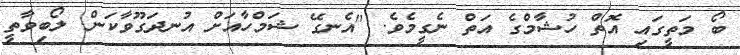
ބޯ މަތީގައި އޮތް ހުޝާމްގެ އަތް ނެގީމެވެ. "އެނގޭ ޝަމްހާއަށް އުނދަގޫވާކަން. ލޯބިވާތީ